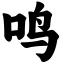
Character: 鸣